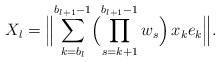
LaTeX: \begin{align*}X_{l}=\Bigl\|\sum_{k=b_{l}}^{b_{l+1}-1}\Bigl(\prod_{s=k+1}^{b_{l+1}-1}w_{s}\Bigr)\,x_{k}e_{k}\Bigr\|.\end{align*}